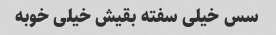
سس خیلی سفته بقیش خیلی خوبه